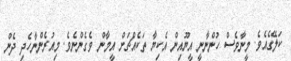
ކަލޭގެއެވެ. މީނާވެސް ހުންނާނީ އީޔޫއިން އެކިޔާ ތަކެއްޗަށް އީމާން ވެގެންނެވެ. މިއުރެންނާހެދި ދެން